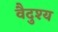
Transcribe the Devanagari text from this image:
वैदुश्य